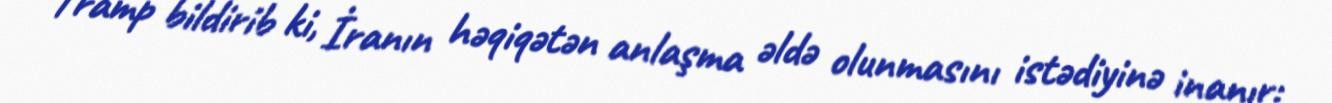
Tramp bildirib ki, İranın həqiqətən anlaşma əldə olunmasını istədiyinə inanır: